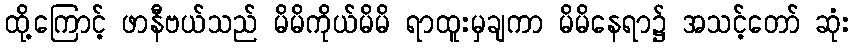
ထို့ကြောင့် ဖာနီဗယ်သည် မိမိကိုယ်မိမိ ရာထူးမှချကာ မိမိနေရာ၌ အသင့်တော် ဆုံး